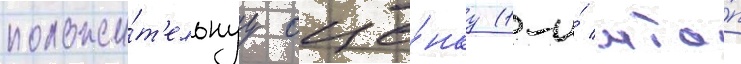
положи́т'ельнуу оце́нку (1-и́ мта́п